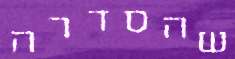
שהסדרה